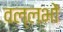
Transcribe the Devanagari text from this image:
वल्लभों